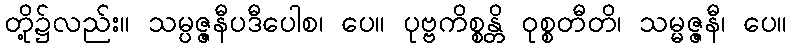
တို့၌လည်း။ သမ္ပဇ္ဇနီပဒီပေါစ၊ ပေ။ ပုဗ္ဗကိစ္စန္တိ ဝုစ္စတီတိ၊ သမ္မဇ္ဇနီ၊ ပေ။